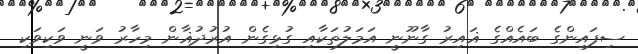
ސިފައިންގެ ބައެއްގެ ޣައިރު ގާނޫނީ އަމަލުތަކާއި ގުޅިގެން އުރުދުޣާން މިހާރު ވަނީ ވަކިވަކި